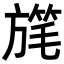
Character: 𣄓